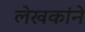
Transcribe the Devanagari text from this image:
लेखकांने